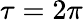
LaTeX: \tau=2\pi